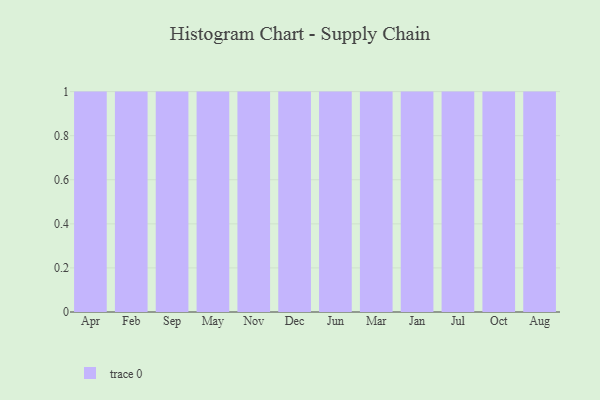
{"axis": {"x": "Month", "y": "Temperature (°C)"}, "legend": [""], "data": [{"x": "Apr", "y": 72, "type": ""}, {"x": "Feb", "y": 72, "type": ""}, {"x": "Sep", "y": 100, "type": ""}, {"x": "May", "y": 55, "type": ""}, {"x": "Nov", "y": 66, "type": ""}, {"x": "Dec", "y": 38, "type": ""}, {"x": "Jun", "y": 10, "type": ""}, {"x": "Mar", "y": 92, "type": ""}, {"x": "Jan", "y": 4, "type": ""}, {"x": "Jul", "y": 55, "type": ""}, {"x": "Oct", "y": 41, "type": ""}, {"x": "Aug", "y": 15, "type": ""}]}